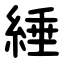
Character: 綞